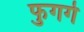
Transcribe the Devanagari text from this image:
फुगगे